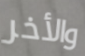
والأخر